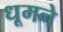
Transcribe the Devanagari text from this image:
धूमने